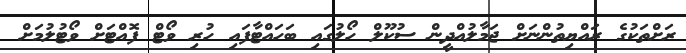
ރަށްތަކުގެ ރައްޔިތުންނަށް ޖަމާލުއްދީން ސުކޫލް ހޯލުގައި ބަހައްޓާފައި ހުރި ވޯޓް ފޮއްޓަށް ވޯޓުލުމަށް